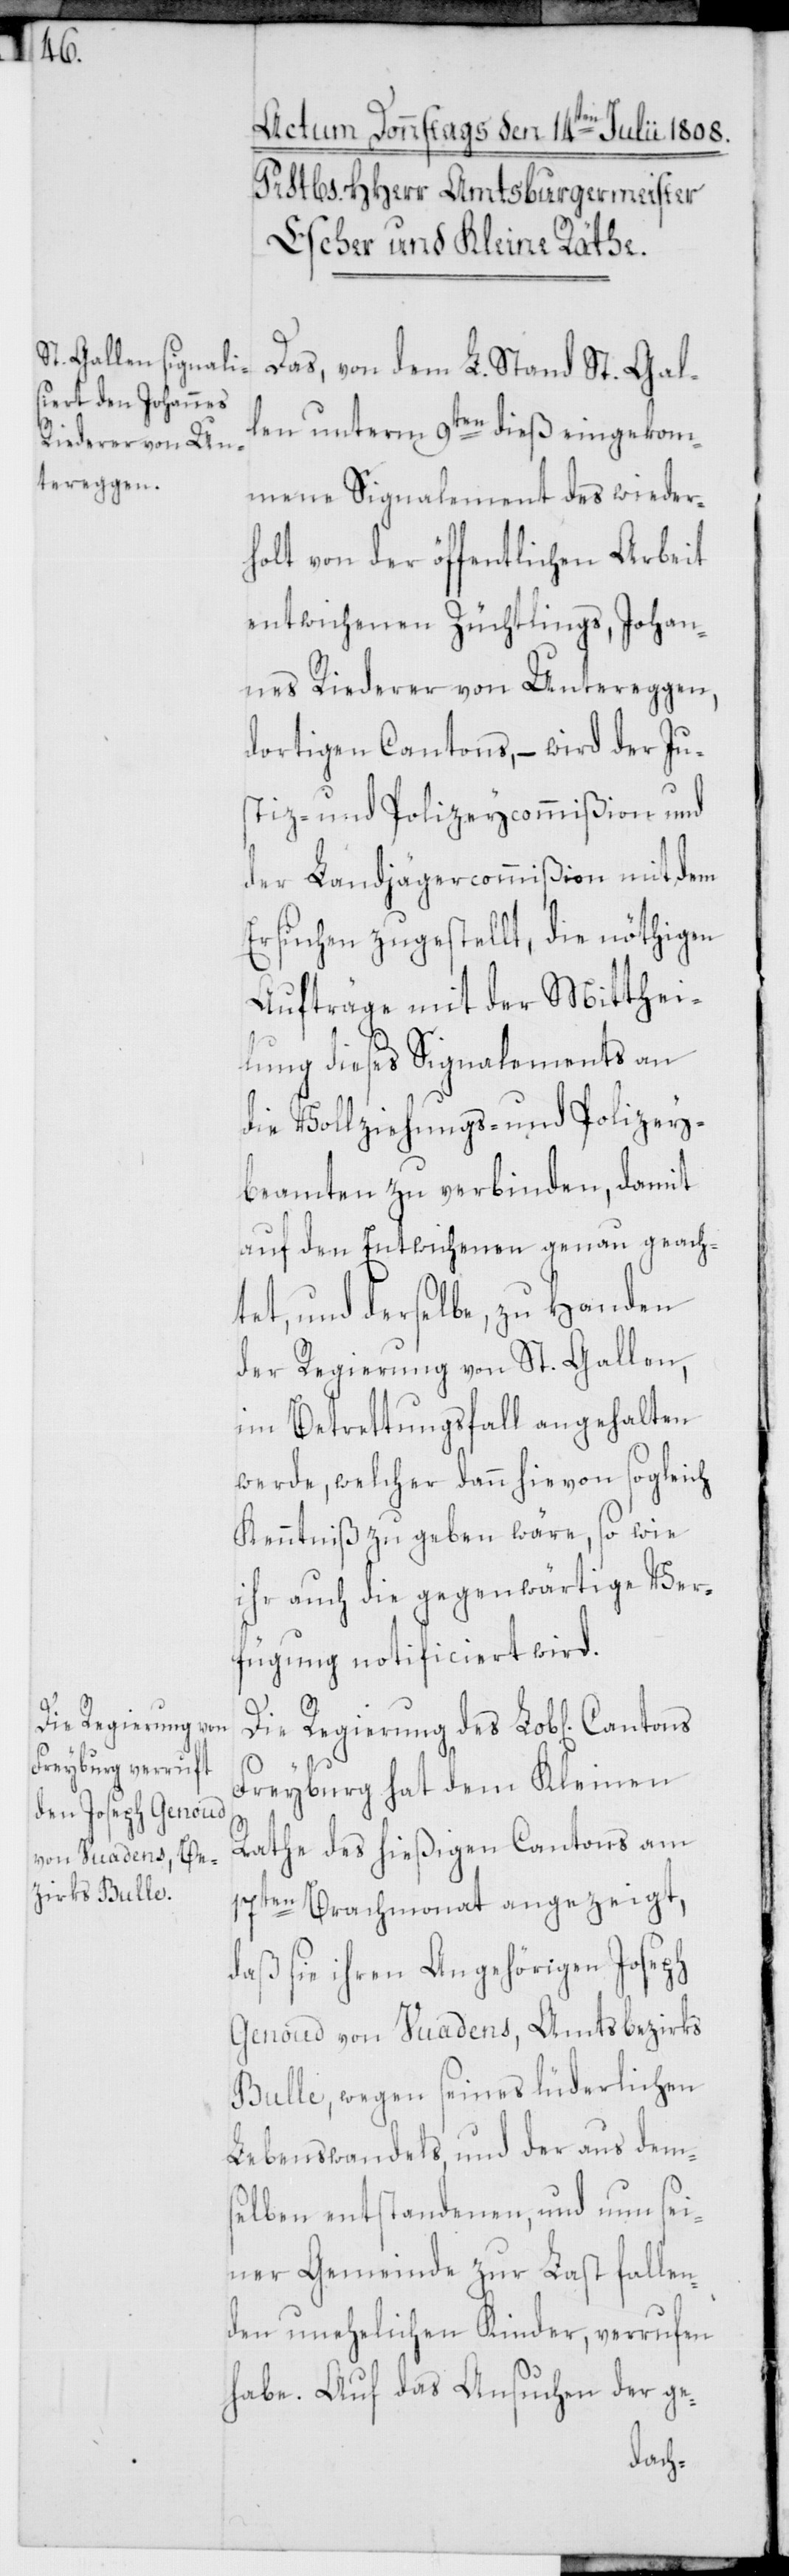
Die Regierung des

Das, von dem L. Stand St. Gal¬
len unterm 9ten dieß eingekom¬
mene Signalement des wieder¬
holt von der öffentlichen Arbeit
entwichenen Züchtlings, Johan¬
nes Riederer von Untereggen,
dortigen Cantons, – wird der Ju¬
stiz- und Polizeycommißion und
der Landjägercommißion mit dem
Ersuchen zugestellt, die nöthigen
Aufträge mit der Mitthei¬
lung dieses Signalements an
die Vollziehungs- und Polizey¬
beamten zu verbinden, damit
auf den Entwichenen genau geach¬
tet, und derselbe, zu Handen
der Regierung von St. Gallen,
im Betrettungsfall angehalten
werde, welcher dann hievon sogleich
Kenntniß zu geben wäre, so wie
ihr auch die gegenwärtige Ver¬
fügung notificiert wird.
Freyburg hat dem Kleinen
Rathe des hießigen Cantons am
17ten Brachmonat angezeigt,
daß sie ihren Angehörigen Joseph
Genoud von Vuadens, Amtsbezirks
Bulle, wegen seines lüderlichen
Lebenswandels, und der aus dems¬
elben entstandenen, und nun sei¬
ner Gemeinde zur Last fallen¬
den unehelichen Kinder, verrufen
habe. Auf das Ansuchen der ge-